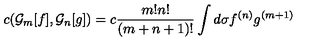
c ( { \cal G } _ { m } [ f ] , { \cal G } _ { n } [ g ] ) = c { \frac { m ! n ! } { ( m + n + 1 ) ! } } \int d \sigma f ^ { ( n ) } g ^ { ( m + 1 ) }